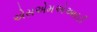
એસએમએઆરટી